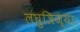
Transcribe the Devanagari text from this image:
लघुत्रिज्या